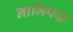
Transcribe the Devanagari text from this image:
नाभिपद्म